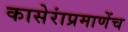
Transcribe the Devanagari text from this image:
कासेरांप्रमाणेंच